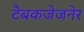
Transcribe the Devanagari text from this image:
टैबकजेजनेर